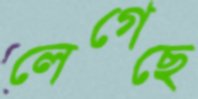
লেগেছে